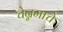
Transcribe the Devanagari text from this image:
चेन्नमाचे